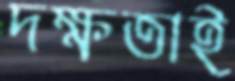
দক্ষতাই